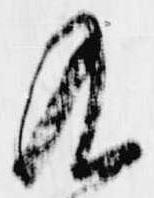
及